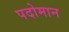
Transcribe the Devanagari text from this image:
पदोमान